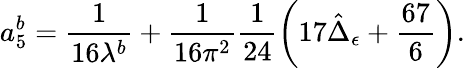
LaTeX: a_{5}^{b}=\frac{1}{16\lambda^{b}}+\frac{1}{16\pi^{2}}\frac{1}{24}\left(17\hat{\Delta}_{\epsilon}+\frac{67}{6}\right).